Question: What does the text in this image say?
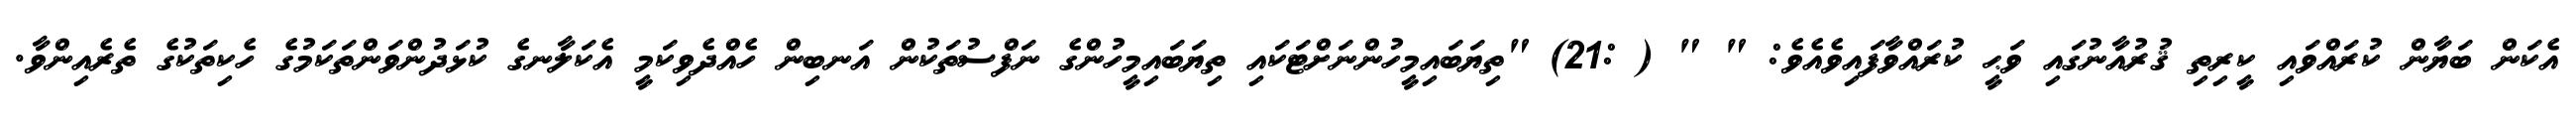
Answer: އެކަން ބަޔާން ކުރައްވައި ކީރިތި ޤުރުއާނުގައި ވަޙީ ކުރައްވާފައިވެއެވެ: " " ( :21) "ތިޔަބައިމީހުންނަށްޓަކައި ތިޔަބައިމީހުންގެ ނަފްސުތަކުން އަނބިން ހެއްދެވިކަމީ އެކަލާނގެ ކުޅަދުންވަންތަކަމުގެ ހެކިތަކުގެ ތެރެއިންވާ.